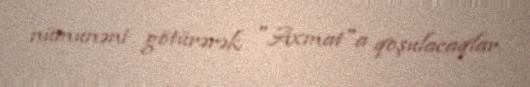
nümunəni götürərək "Axmat"a qoşulacaqlar.